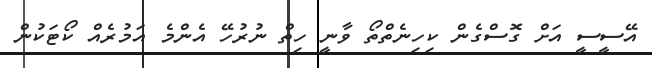
އޭސީސީ އަށް ގޮސްގެން ކިހިނެތްތޯ ވާނީ ހިތް ނުރުހޭ އެންމެ އަމުރެއް ކޯޓަކުން